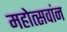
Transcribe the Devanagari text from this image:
महोत्सवांन